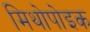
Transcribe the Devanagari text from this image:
मिथोपोइक